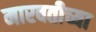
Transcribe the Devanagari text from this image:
मारबतीच्या